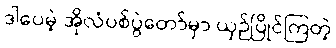
ဒါပေမဲ့ အိုလံပစ်ပွဲတော်မှာ ယှဉ်ပြိုင်ကြတဲ့